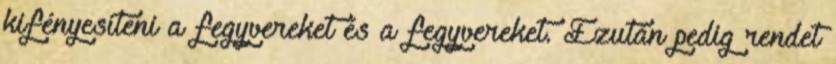
kifényesíteni a fegyvereket és a fegyvereket. Ezután pedig rendet